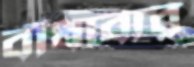
বাঁধাবার